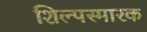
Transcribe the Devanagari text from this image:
शिल्पस्मारक